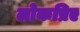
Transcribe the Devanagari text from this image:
लोकप्रिए